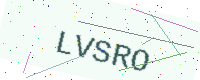
Text: LVSRO